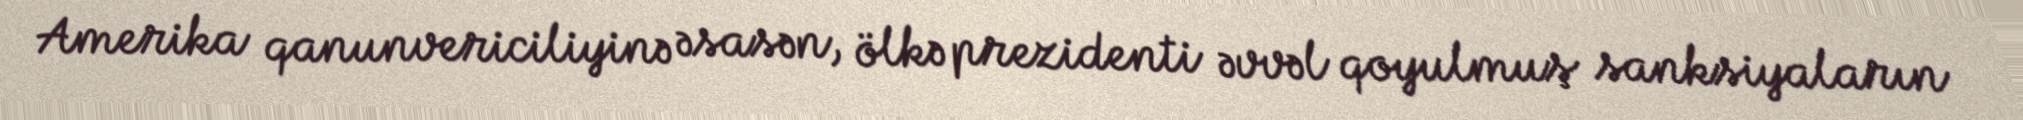
Amerika qanunvericiliyinə əsasən, ölkə prezidenti əvvəl qoyulmuş sanksiyaların